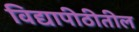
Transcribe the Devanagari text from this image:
विद्यापीठीतील